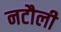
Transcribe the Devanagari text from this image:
नटौली